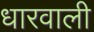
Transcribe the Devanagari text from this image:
धारवाली